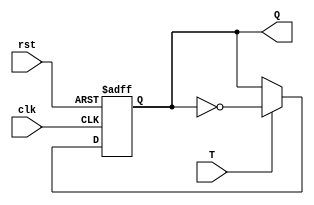
module T_FF (
    input wire clk,
    input wire rst,
    input wire T,
    output reg Q
);

always @(posedge clk or posedge rst) begin
    if (rst) begin
        Q <= 1'b0; //default state
    end else begin
        if (T) begin
            Q <= ~Q; //toggle Q on rising edge of clock if T is high
        end
    end
end

endmodule